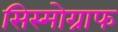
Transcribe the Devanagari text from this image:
सिस्मोग्राफ